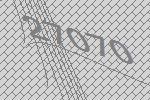
27070